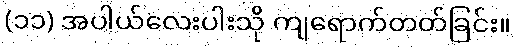
(၁၁) အပါယ်လေးပါးသို ကျရောက်တတ်ခြင်း။